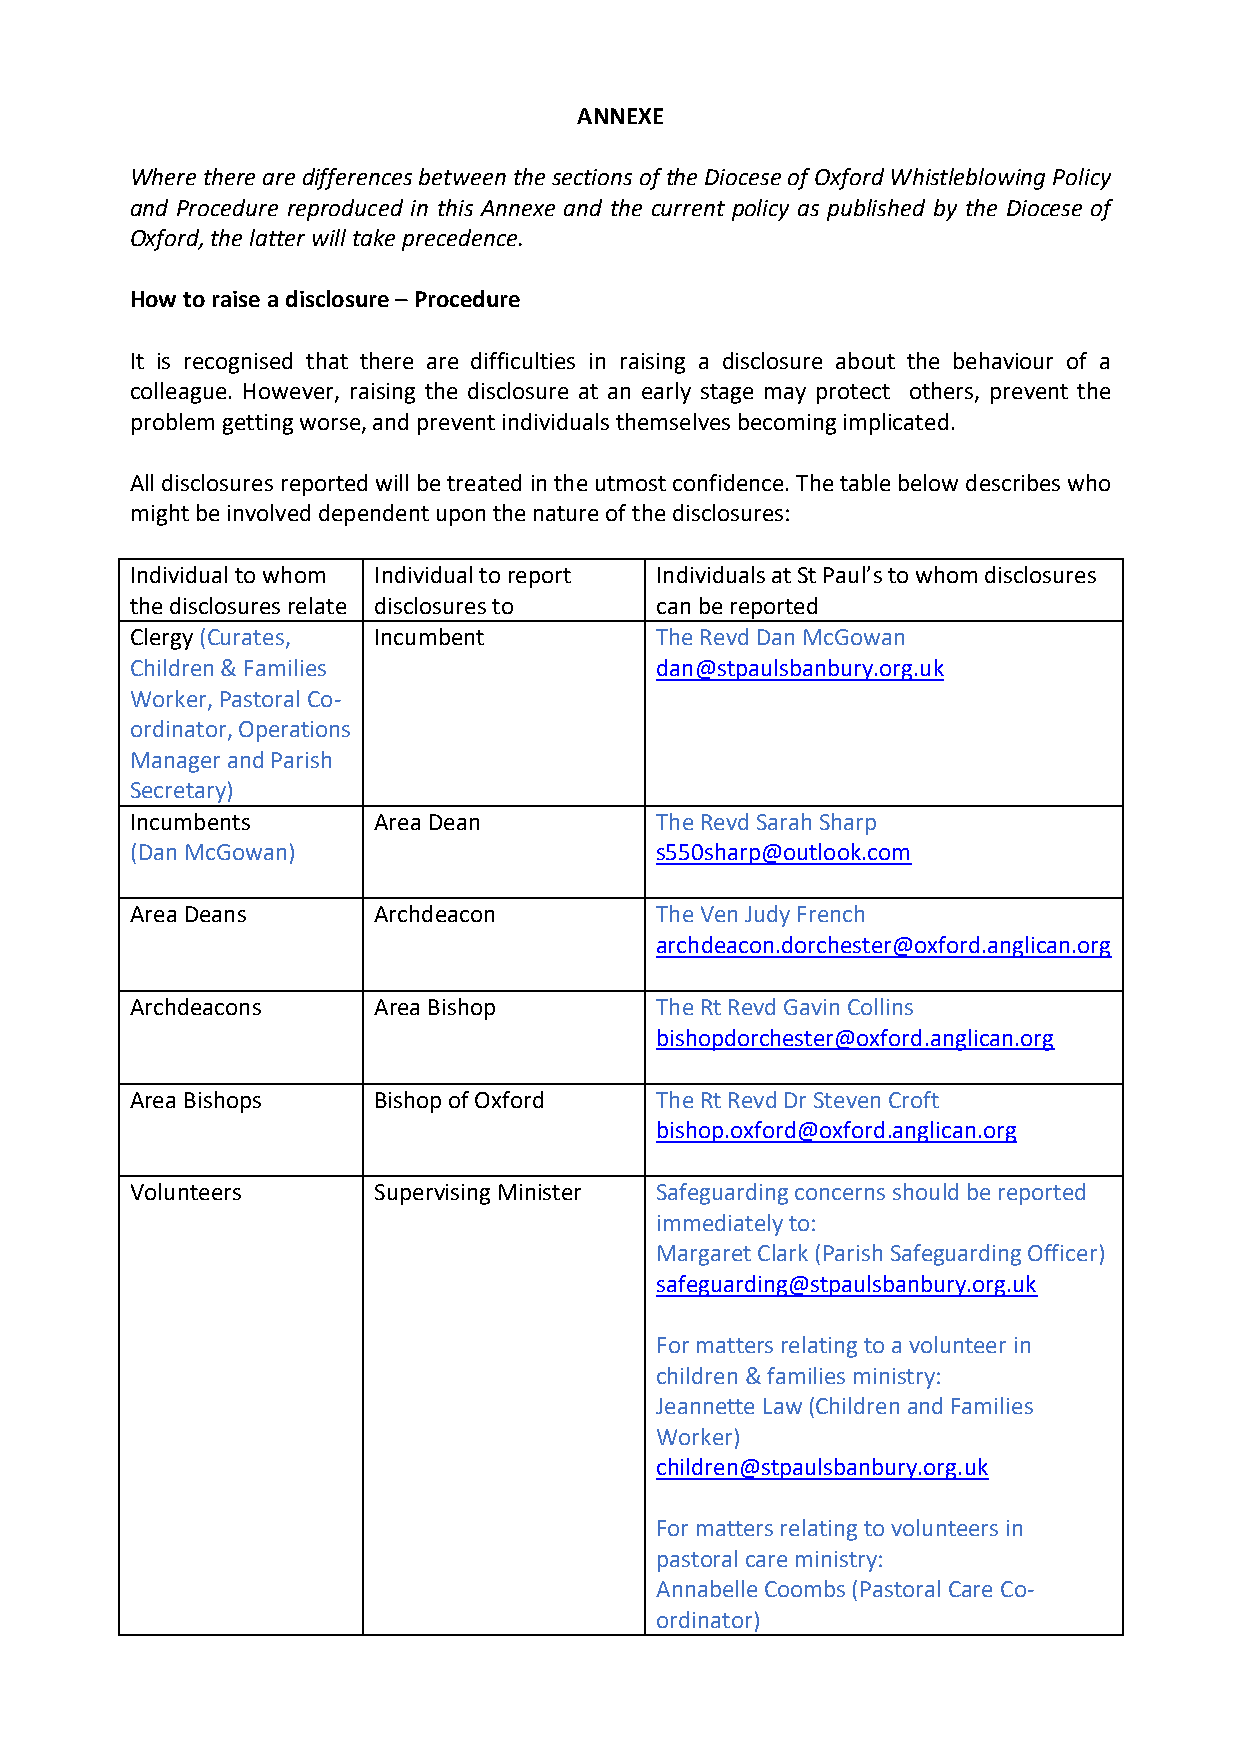
ANNEXE
 Where there are differences between the sections of the Diocese of Oxford Whistleblowing Policy
 and Procedure reproduced in this Annexe and the current policy as published by the Diocese of
 Oxford, the latter will take precedence.
 How to raise a disclosure – Procedure
 It is recognised that there are difficulties in raising a disclosure about the behaviour of a
 colleague. However, raising the disclosure at an early stage may protect others, prevent the
 problem getting worse, and prevent individuals themselves becoming implicated.
 All disclosures reported will be treated in the utmost confidence. The table below describes who
 might be involved dependent upon the nature of the disclosures:
 Individual to whom Individual to report Individuals at St Paul’s to whom disclosures
 the disclosures relate disclosures to can be reported
 Clergy (Curates, Incumbent        The Revd Dan McGowan
 Children & Families               dan@stpaulsbanbury.org.uk
 Worker, Pastoral Co-
 ordinator, Operations
 Manager and Parish
 Secretary)
 Incumbents      Area Dean         The Revd Sarah Sharp
 (Dan McGowan)                     s550sharp@outlook.com
 Area Deans      Archdeacon        The Ven Judy French
 archdeacon.dorchester@oxford.anglican.org
 Archdeacons     Area Bishop       The Rt Revd Gavin Collins
 bishopdorchester@oxford.anglican.org
 Area Bishops    Bishop of Oxford  The Rt Revd Dr Steven Croft
 bishop.oxford@oxford.anglican.org
 Volunteers      Supervising Minister Safeguarding concerns should be reported
 immediately to:
 Margaret Clark (Parish Safeguarding Officer)
 safeguarding@stpaulsbanbury.org.uk
 For matters relating to a volunteer in
 children & families ministry:
 Jeannette Law (Children and Families
 Worker)
 children@stpaulsbanbury.org.uk
 For matters relating to volunteers in
 pastoral care ministry:
 Annabelle Coombs (Pastoral Care Co-
 ordinator)